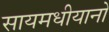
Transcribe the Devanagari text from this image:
सायमधीयानो